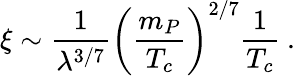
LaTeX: \xi\sim\frac{1}{\lambda^{3/7}}\left({\frac{m_{P}}{T_{c}}}\right)^{2/7}{\frac{1}{T_{c}}}~.